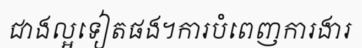
ជាងល្អទៀតផង។ការបំពេញការងារ